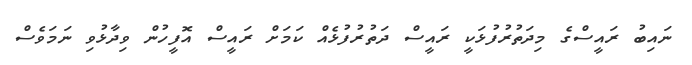
ނައިބު ރައީސްގެ މިދަތުރުފުޅަކީ ރައީސް ދަތުރުފުޅެއް ކަމަށް ރައީސް އޮފީހުން ވިދާޅުވި ނަމަވެސް